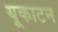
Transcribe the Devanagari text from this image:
यूकाटन